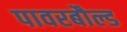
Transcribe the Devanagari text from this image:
पावरबौल्ड